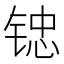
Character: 𲈅